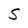
Character: S